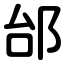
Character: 邰